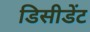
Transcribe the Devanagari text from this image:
डिसीडेंट